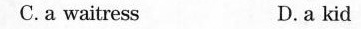
C. a waitress D. a kid